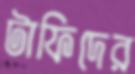
টাফিদের